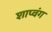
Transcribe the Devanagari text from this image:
शाप्वंग